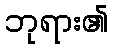
ဘုရား၏